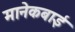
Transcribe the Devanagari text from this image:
मानेकबाई